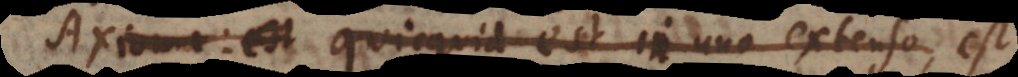
Axioma: est quicquid est in uno extenso, est